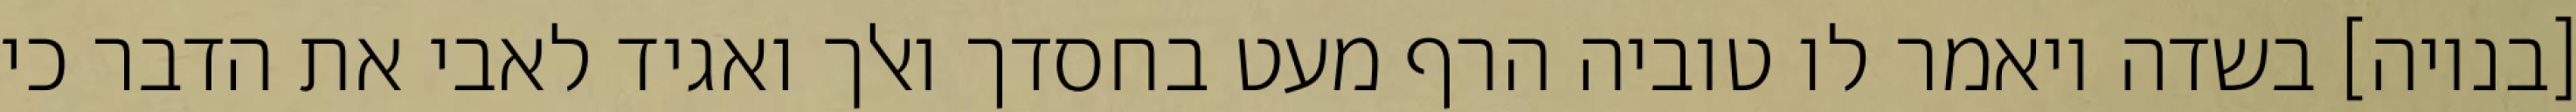
[בנויה] בשדה ויאמר לו טוביה הרף מעט בחסדך ואלך ואגיד לאבי את הדבר כי